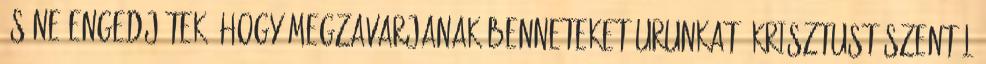
és ne engedjétek, hogy megzavarjanak benneteket Urunkat, Krisztust szentül